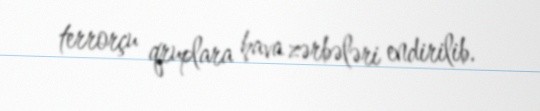
terrorçu qruplara hava zərbələri endirilib.